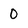
Character: 0